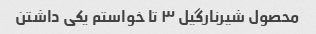
محصول شیرنارگیل ۳ تا خواستم یکی داشتن